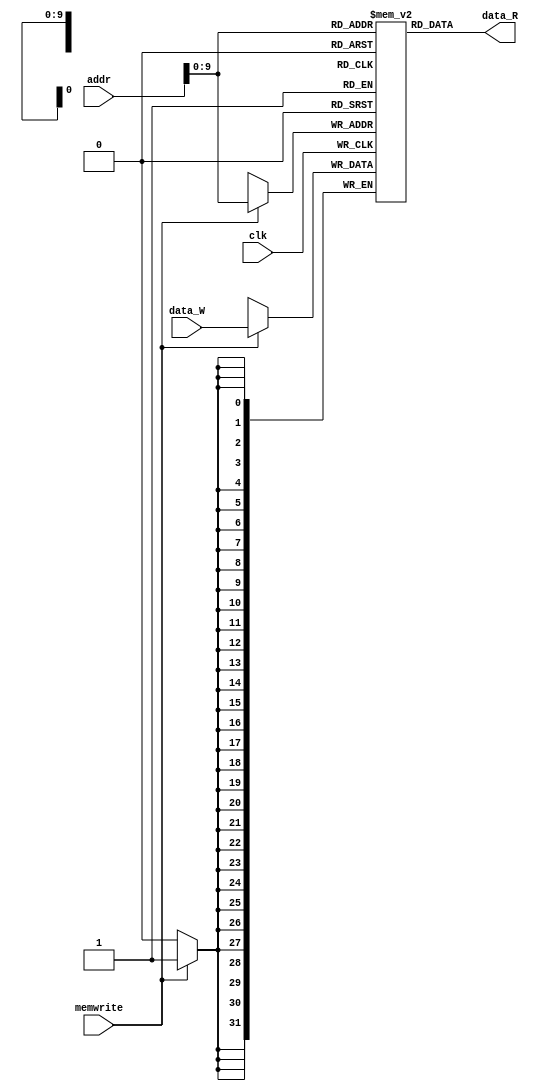
`timescale 1ns / 1ps
module DMEM(
    input  [31:0] addr,
    input  [31:0] data_W,
    output [31:0] data_R,
    input   memwrite,
    input   clk
);

reg [31:0] mem [1023:0];
reg [31:0] data_R_reg;
initial begin
    mem[0] = 32'd0;
    mem[1] = 32'd1;
    mem[2] = 32'd2;
    mem[3] = 32'd3;
    mem[4] = 32'd4;
    mem[5] = 32'd5;
    mem[6] = 32'd6000;
    mem[7] = 32'd7;
    mem[8] = 32'd8;
    mem[9] = 32'd9;
    mem[10] = 32'd10;
    mem[11] = 32'd11;
    mem[12] = 32'd12;
    mem[13] = 32'd13;
    mem[14] = 32'd14;
    mem[15] = 32'd15;
end

always @* begin // Equivalent to always_comb
    data_R_reg = mem[addr];
end

always @(posedge clk) begin // Equivalent to always_ff
    if (memwrite) begin
        mem[addr] <= data_W;
    end
end
assign data_R = data_R_reg;
endmodule